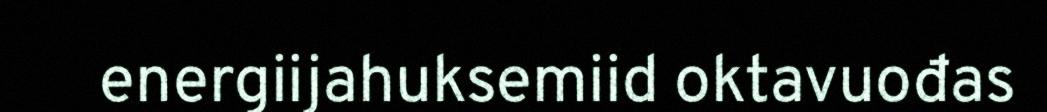
energiijahuksemiid oktavuođas